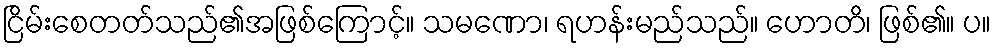
ငြိမ်းစေတတ်သည်၏အဖြစ်ကြောင့်။ သမဏော၊ ရဟန်းမည်သည်။ ဟောတိ၊ ဖြစ်၏။ ပ။